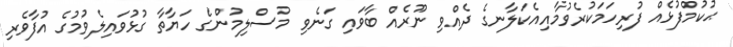
ޙުކުމްފުޅެއް ފުރިހަމަކުރެވުމާއިއެކަލާނގެ ދެއްވި ނޫރެއް ބާވައި ގަނެވި މުސްލިމުންގެ ހަޔާތާ ގުޅުވައިލެވުމުގެ އުފާވެރި